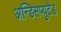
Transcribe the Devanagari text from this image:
अन्डिसप्युटेड